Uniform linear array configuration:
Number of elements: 32
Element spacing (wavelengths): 0.5
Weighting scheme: binomial
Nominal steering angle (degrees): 45
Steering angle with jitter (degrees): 46.997
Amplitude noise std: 0.05
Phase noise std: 0.05

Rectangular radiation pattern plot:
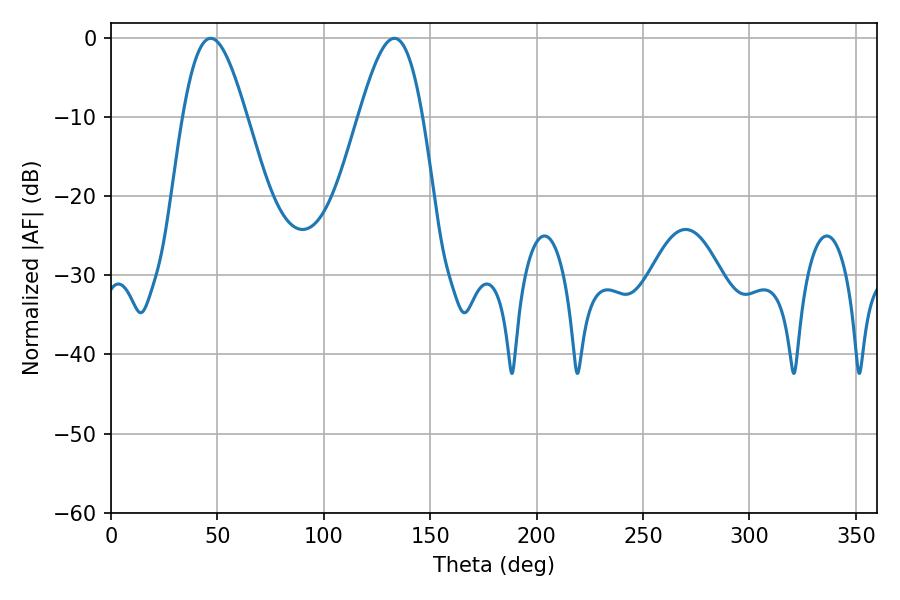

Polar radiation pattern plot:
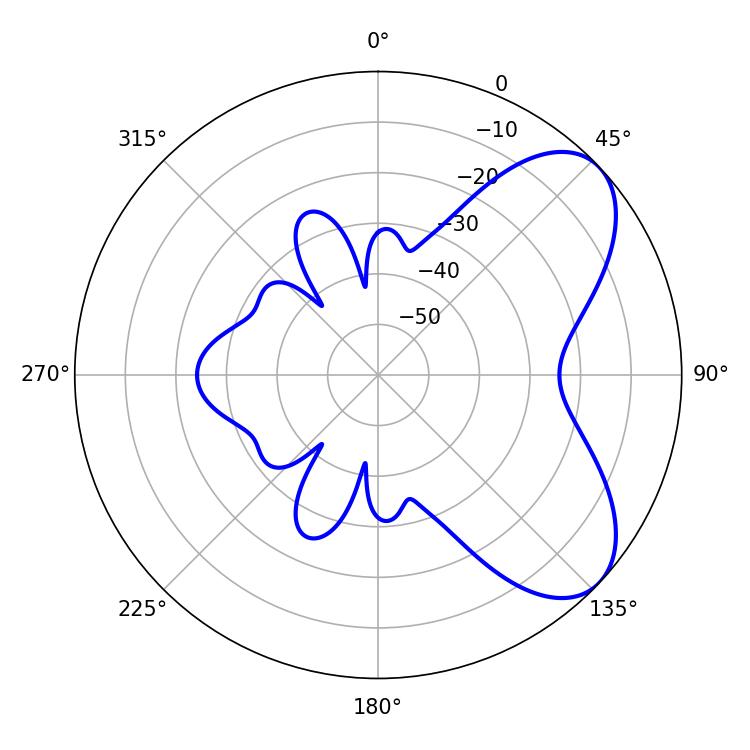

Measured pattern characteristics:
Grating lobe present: FALSE
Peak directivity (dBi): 6.433
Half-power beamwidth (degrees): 16.02
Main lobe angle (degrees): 133.2